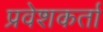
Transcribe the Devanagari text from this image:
प्रवेशकर्ता